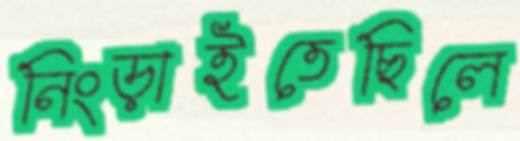
নিংড়াইতেছিলে